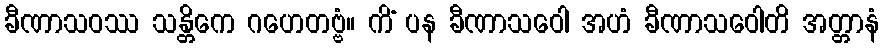
ခီဏာသဝဿ သန္တိကေ ဂဟေတဗ္ဗံ။ ကိံ ပန ခီဏာသဝေါ အဟံ ခီဏာသဝေါတိ အတ္တာနံ